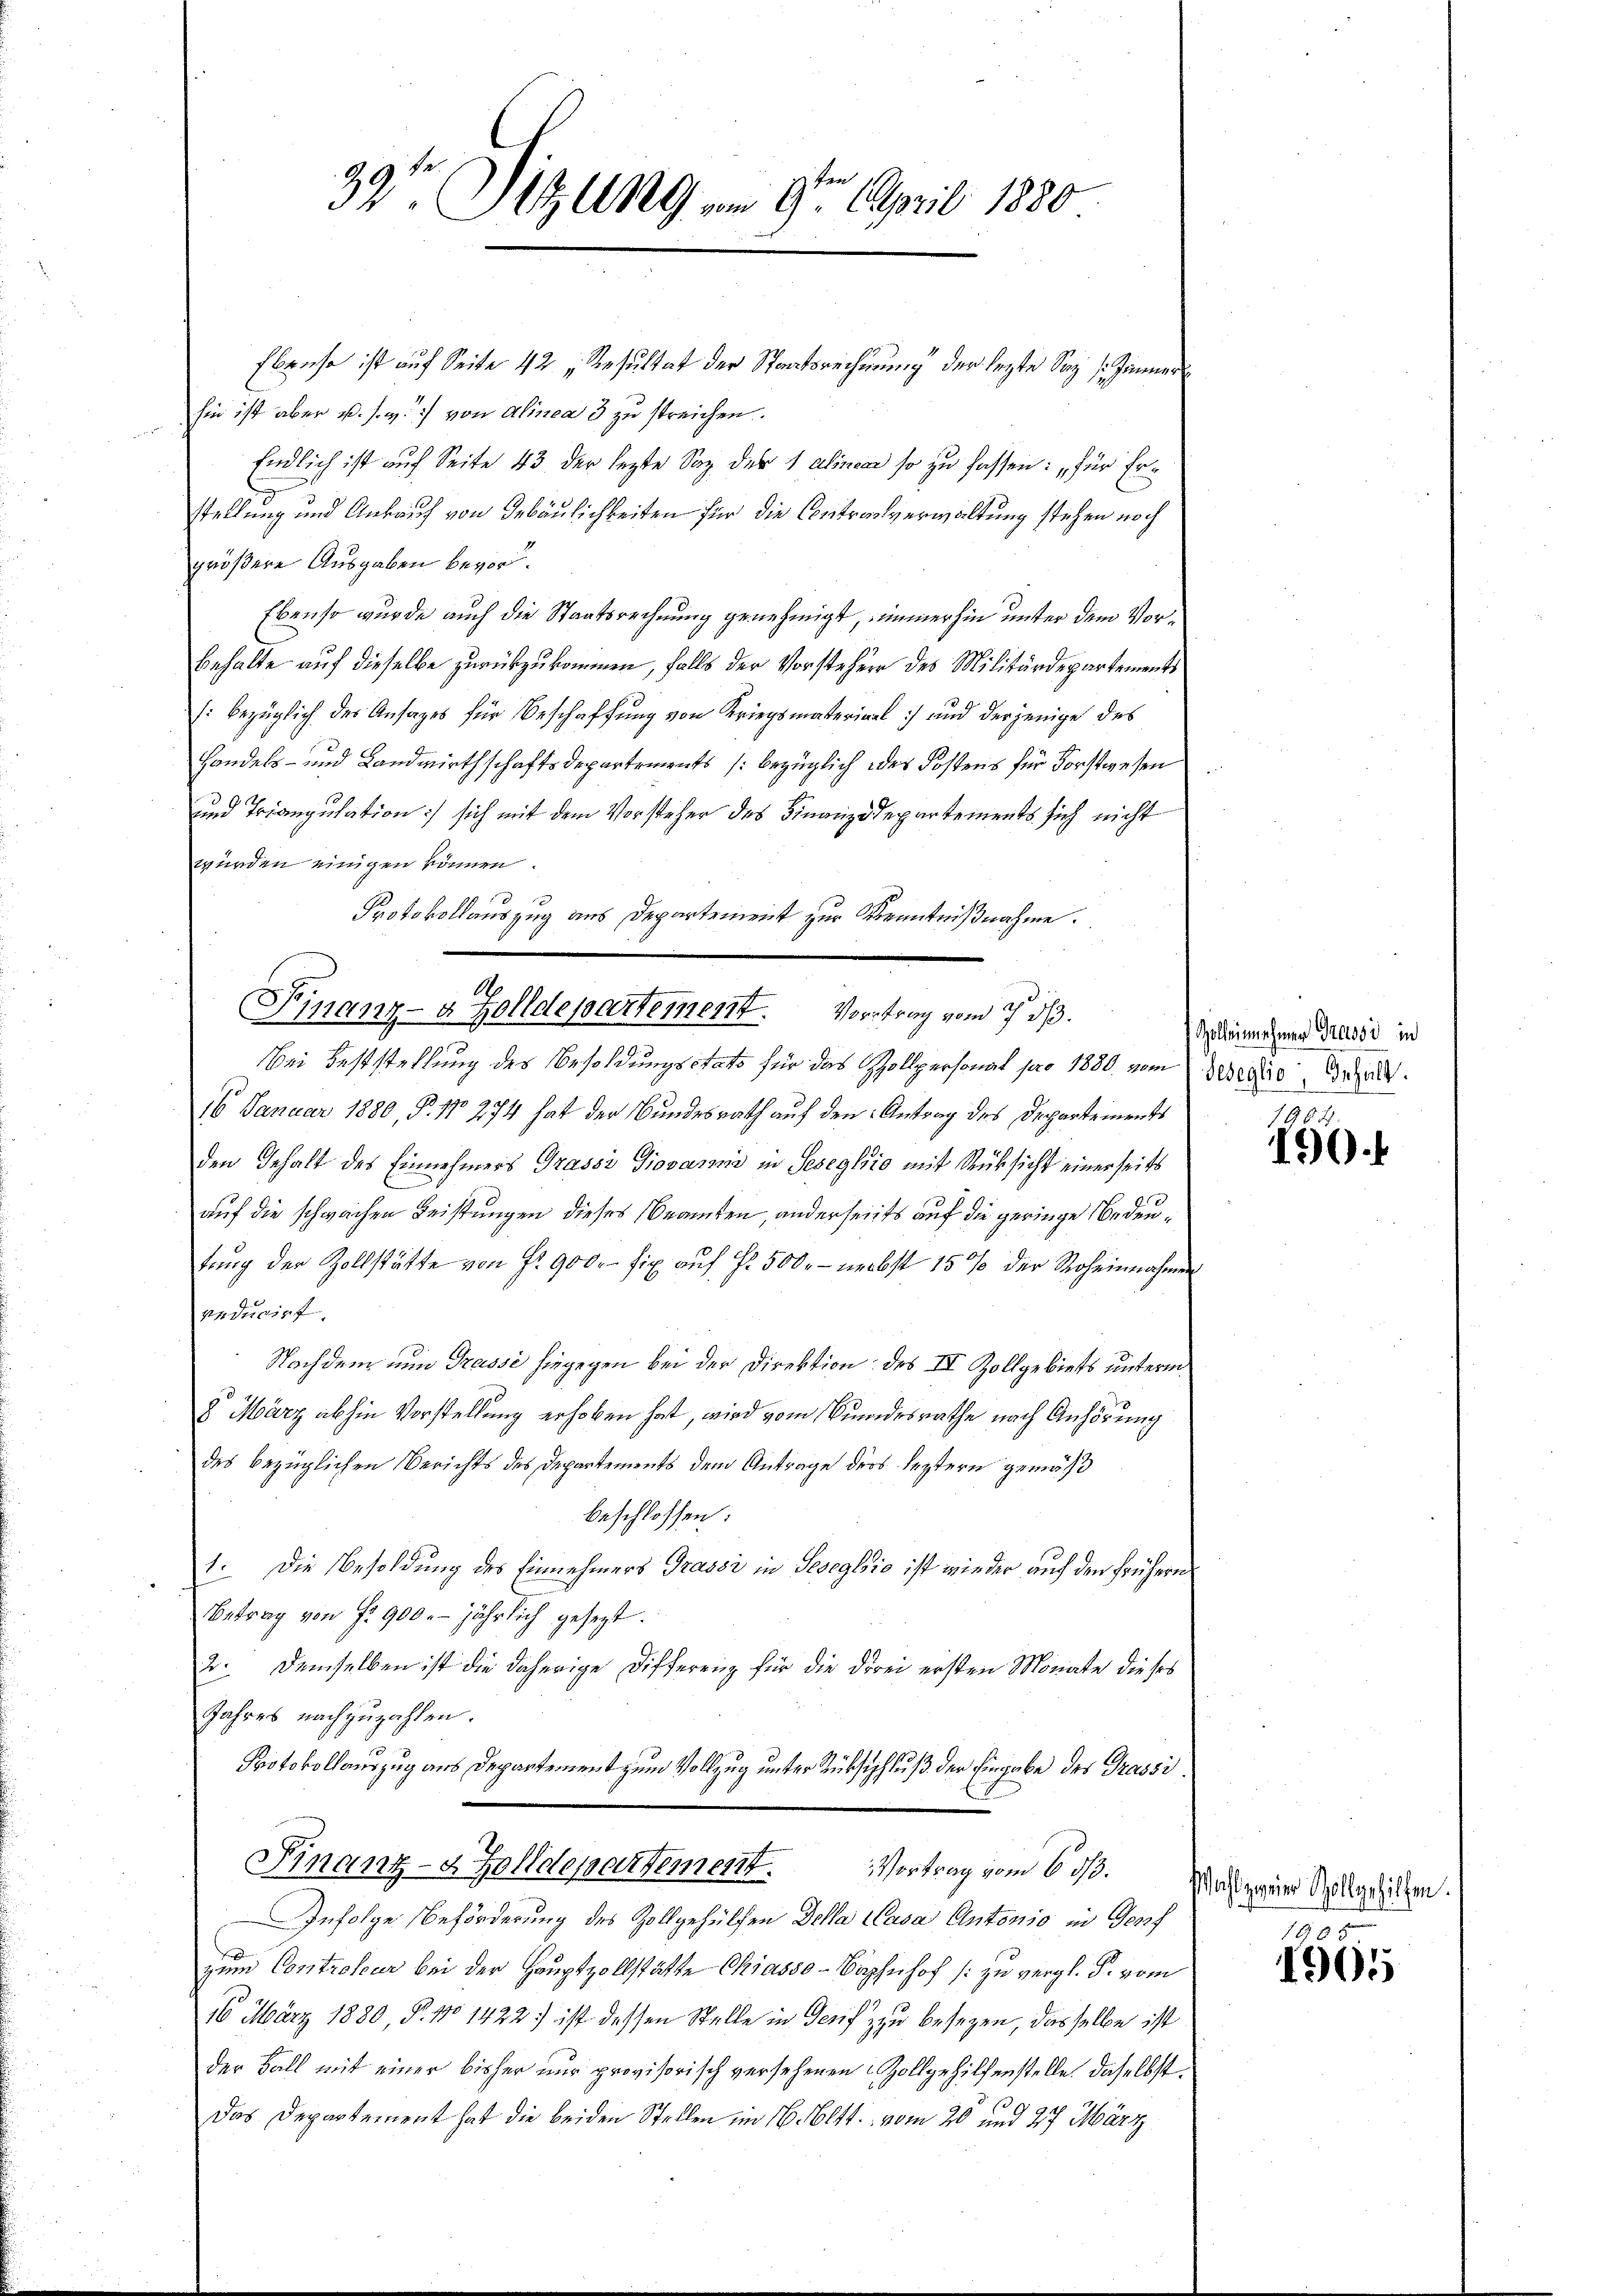
33te Sitzung vom 9ten April 1880

Ebenso ist auf Seite 42 „Resultat der Staatsrechnung der lezte Saz (Zimmer
hin ist aber u. s. w. von Alinea 3 zu streichen.
Endlich ist auf Seite 43 der lezte Sag der 1 alinear so zu fassen: „für Erstellung und Ankauf von Gebäulichkeiten für die Contragsverwaltung stehen noch
größere Ausgaben bevor.
Ebenso wurde auch die Staatsrechnung genehmigt, immerhin unter dem Vorbehalte auf dieselbe zurückzukommen, falls der Vorsteher des Militärdepartements
: bezüglich der Ansages für Beschaffung von Kriegsmaterial :/ und derjenige des
Handels- und Landwirthschaftsdepartements (bezüglich des Kostens für Forstwesen
und Triangulation) sich mit dem Vorsteher des Finanzdepartements sich nicht
würden einigen können
Protokollauszug aus Departement zur Kenntnißnahme.

A
Finanz- & Zolldepartement. Vortrag vom 7. ds.
Bei Feststellung des Besoldungsstato für das Zollpersonat pro 1880. vom Waise

16 Januar 1880, P. Nro 274 hat der Bundesrath auf den Antrag des Departements
den Gehalt des Einnehmers Grassi Giovano in Seseglio mit Rücksicht einerseits
auf die schwachen Leistungen dieses Beamten, anderseits auf die geringe Bedeutŭng der Zollstätte von Fr. 900.- fix auf Fr. 500. - nebst 15 % der Roheinnahmen
veducirt.
Nachdem nun Trasse hingegen bei der Direktion des IV Zollgebiets unterm
8 März abhin Vorstellung erhoben hat, wird vom Bundesrathe nach Anhörung
des bezüglichen Berichts des Departements dem Antrage ders leztern gemäß
beschlossen:
1. Die Besoldung des Einnehmers Grassi in Geseglsio ist wieder auf den frühern
Betrag von fr. 900. jährlich gesezt.
2. Demselben ist die daherige Differenz für die drei ersten Monate dieses
Jahres nachzuzahlen.
Protokollauszug aus Departement zum Vollzug unter Rüksischluß der Eingabe des Trassi¬
Finanz- & Zolldepartement. Vortrag vom 6 1/3.
Infolge Beförderung des Zollgehülfen Della (Casa Antonio in Graf
zum Controleur bei der Hauptzollstätte Chiasso-Baphnhof /: zu vergl. P. vom
16 März 1880, §. 10 1422) ist dessen Stelle in Genifz zu besezen, dasselbe ist
der Fall mit einer bisher nur provisorisch versehenen Zollgehilfenstelle, daselbst.
Das Departement hat die beiden Stellen im 1. Bett. vom 20 und 27. März

Holbeinahmen Grussi in

150.

Wahl zweier Zollgehilfen.
1800

1905